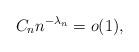
LaTeX: \begin{align*} C_n n^{-\lambda_n} = o(1),\end{align*}